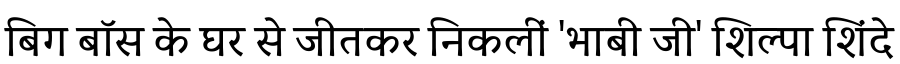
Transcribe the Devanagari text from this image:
बिग बॉस के घर से जीतकर निकलीं 'भाबी जी' शिल्पा शिंदे